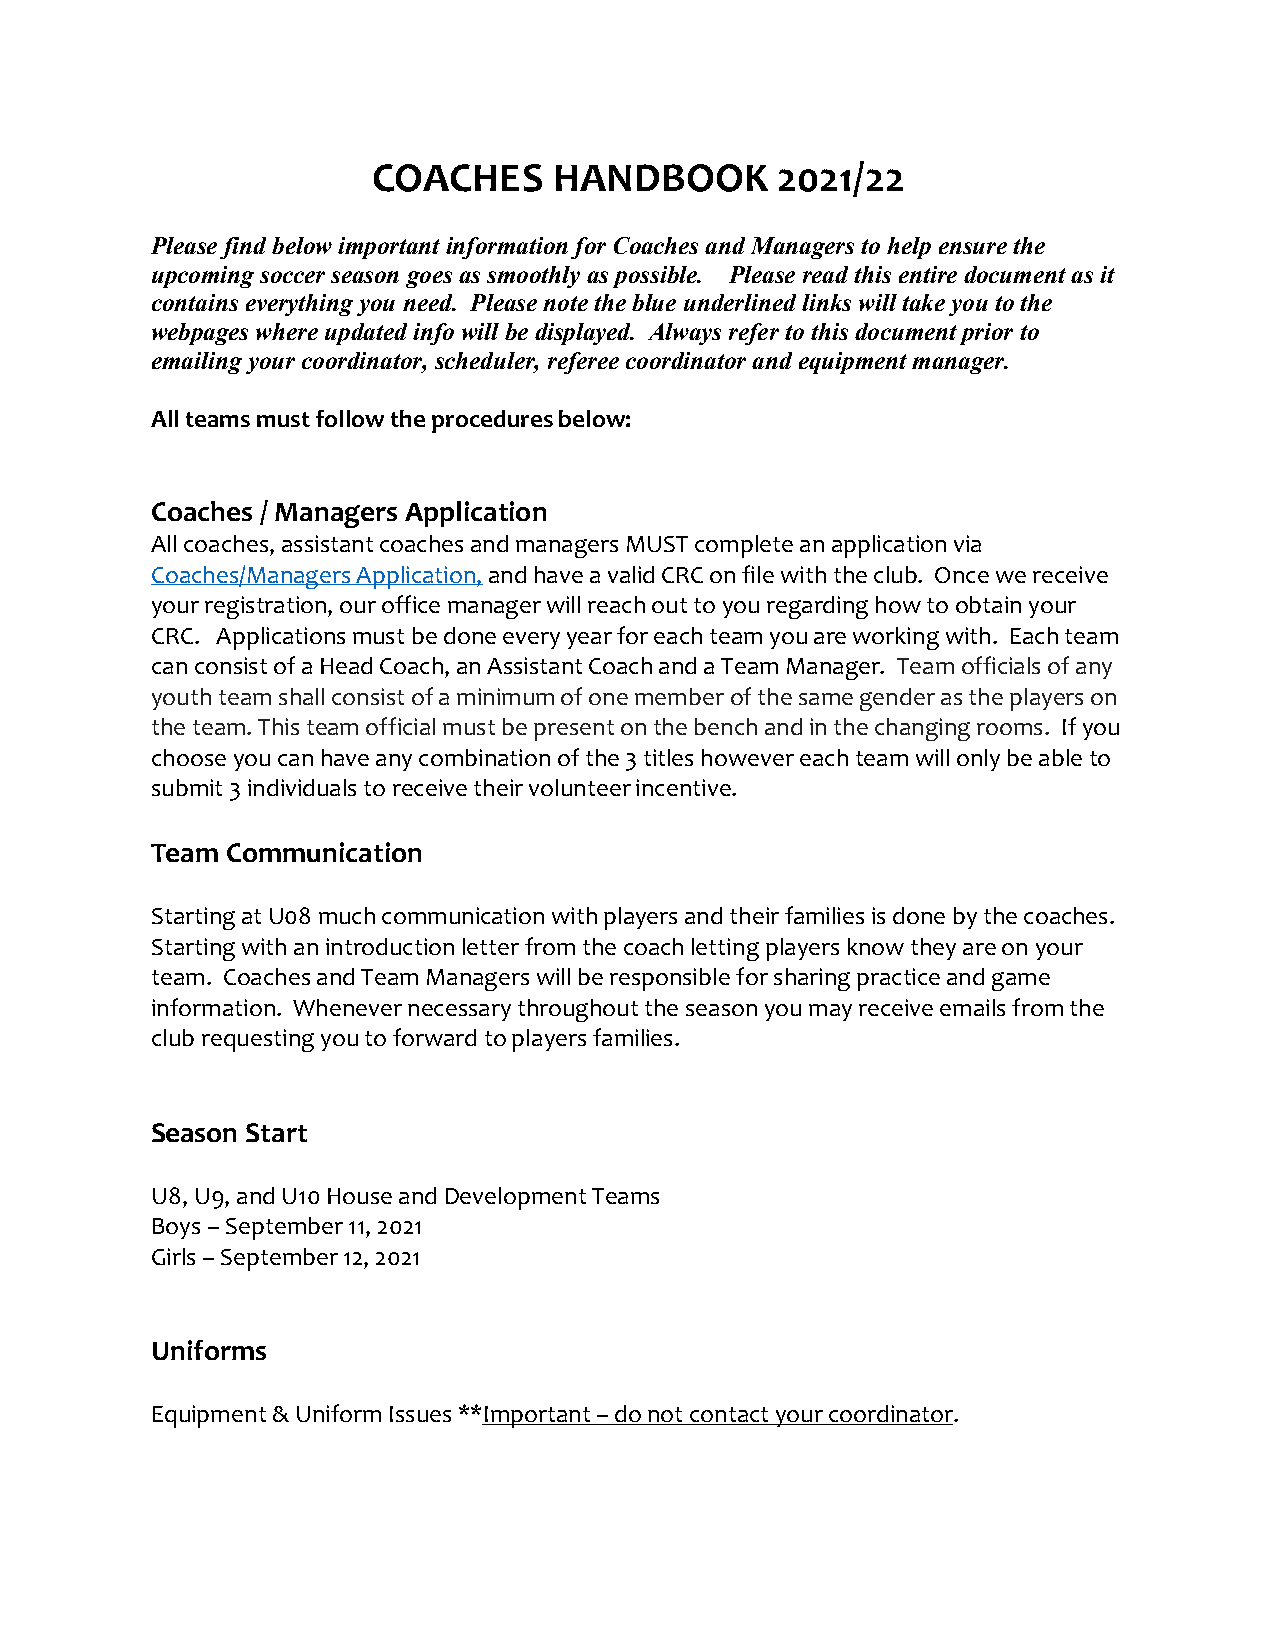
COACHES     HANDBOOK      2021/22
 Please find below important information for Coaches and Managers to help ensure the
 upcoming soccer season goes as smoothly as possible. Please read this entire document as it
 contains everything you need. Please note the blue underlined links will take you to the
 webpages where updated info will be displayed. Always refer to this document prior to
 emailing your coordinator, scheduler, referee coordinator and equipment manager.
 All teams must follow the procedures below:
 Coaches / Managers Application
 All coaches, assistant coaches and managers MUST complete an application via
 Coaches/Managers Application, and have a valid CRC on file with the club. Once we receive
 your registration, our office manager will reach out to you regarding how to obtain your
 CRC. Applications must be done every year for each team you are working with. Each team
 can consist of a Head Coach, an Assistant Coach and a Team Manager. Team officials of any
 youth team shall consist of a minimum of one member of the same gender as the players on
 the team. This team official must be present on the bench and in the changing rooms. If you
 choose you can have any combination of the 3 titles however each team will only be able to
 submit 3 individuals to receive their volunteer incentive.
 Team Communication
 Starting at U08 much communication with players and their families is done by the coaches.
 Starting with an introduction letter from the coach letting players know they are on your
 team. Coaches and Team Managers will be responsible for sharing practice and game
 information. Whenever necessary throughout the season you may receive emails from the
 club requesting you to forward to players families.
 Season Start
 U8, U9, and U10 House and Development Teams
 Boys – September 11, 2021
 Girls – September 12, 2021
 Uniforms
 Equipment & Uniform Issues **Important – do not contact your coordinator.